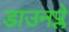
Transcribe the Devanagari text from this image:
डाउनप्ले